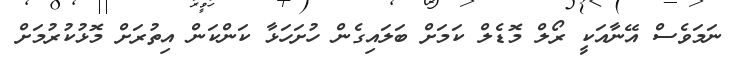
ނަމަވެސް އޭނާއަކީ ރޯލް މޮޑެލް ކަމަށް ބަލައިގެން ހުށަހަޅާ ކަންކަން އިތުރަށް މޮޅުކުރުމަށް